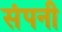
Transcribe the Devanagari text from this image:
संपनी